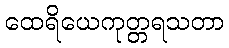
ထေရိယေကုတ္တရသတာ